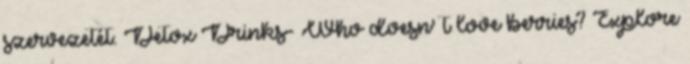
szervezetét. Detox Drinks- Who doesn' t love berries? Explore